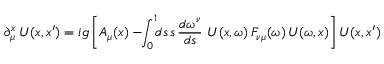
\partial _ { \mu } ^ { x } \, U ( x , x ^ { \prime } ) = i g \left[ A _ { \mu } ( x ) - \! \! \int _ { 0 } ^ { 1 } \! \! d s \, s \, { \frac { d \omega ^ { \nu } } { d s } } \ U ( x , \omega ) \, F _ { \nu \mu } ( \omega ) \, U ( \omega , x ) \right] U ( x , x ^ { \prime } )